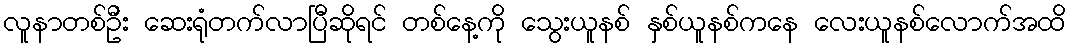
လူနာတစ်ဦး ဆေးရုံတက်လာပြီဆိုရင် တစ်နေ့ကို သွေးယူနစ် နှစ်ယူနစ်ကနေ လေးယူနစ်လောက်အထိ